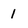
Character: 1